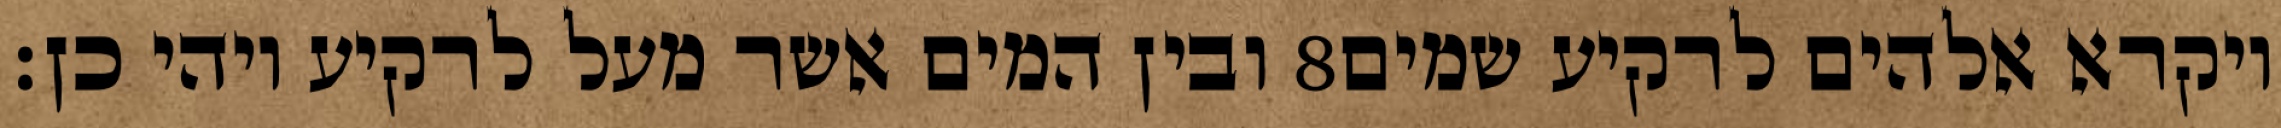
ובין המים אשר מעל לרקיע ויהי כן׃ ‎8‏ ויקרא אלהים לרקיע שמים